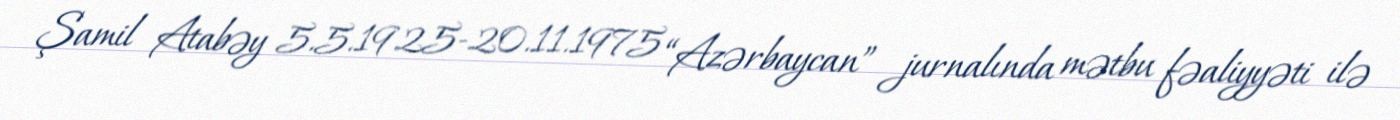
Şamil Atabəy 5.5.1925-20.11.1975 “Azərbaycan” jurnalında mətbu fəaliyyəti ilə